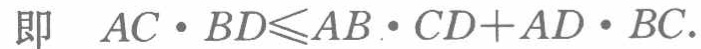
即 \(AC\cdot BD\leqslant AB\cdot CD + AD\cdot BC\).